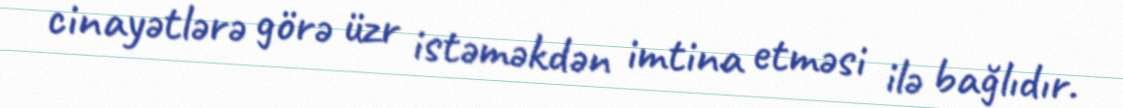
cinayətlərə görə üzr istəməkdən imtina etməsi ilə bağlıdır.